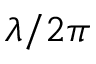
\lambda / 2 \pi